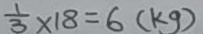
\frac { 1 } { 3 } \times 1 8 = 6 ( k g )